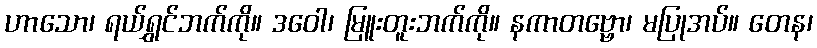
ဟာသော၊ ရယ်ရွှင်ဘက်ကို။ ဒဝေါ၊ မြူးတူးဘက်ကို။ နကာတဗ္ဗော၊ မပြုအပ်။ တေန၊